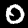
Label: 0